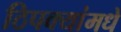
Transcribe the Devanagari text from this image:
ठिपक्यांमधे